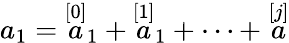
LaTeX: a_{1}=\stackrel{[0]}{a}_{1}+\stackrel{[1]}{a}_{1}+\cdots+\stackrel{[j]}{a}